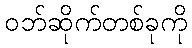
ဝဘ်ဆိုက်တစ်ခုကို